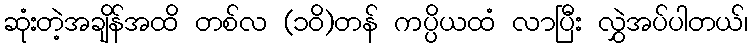
ဆုံးတဲ့အချိန်အထိ တစ်လ (၁၀ိ)တန် ကပ္ပိယထံ လာပြီး လွှဲအပ်ပါတယ်၊